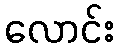
လောင်း